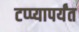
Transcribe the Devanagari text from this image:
टप्प्यापर्यंत